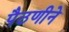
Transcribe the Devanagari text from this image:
पैठणीने